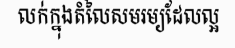
លក់ក្នុងតំលៃសមរម្យដែលល្អ